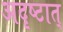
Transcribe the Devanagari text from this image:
अदृष्टात्